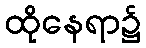
ထိုနေရာ၌